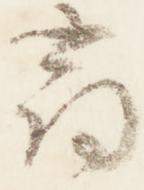
尋